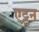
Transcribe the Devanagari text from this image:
एट्टन